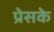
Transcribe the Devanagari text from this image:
प्रेसके